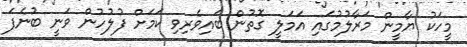
މީހަކު ޔާމީން މަރާލުމުގައި އަމަލީ ގޮތުން ބައިވެރިވި ކަމަށް ފުލުހުން ވަނީ ބުނެފަ